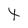
Character: 4